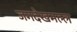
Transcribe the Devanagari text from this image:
जगदेखमल्ल